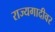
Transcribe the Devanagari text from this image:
राज्यगादीवर